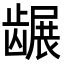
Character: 𬺐